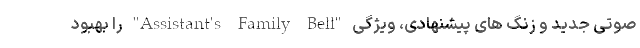
صوتی جدید و زنگ های پیشنهادی، ویژگی "Assistant's Family Bell" را بهبود